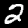
Digit: 2